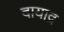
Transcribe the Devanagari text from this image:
दायाद्र